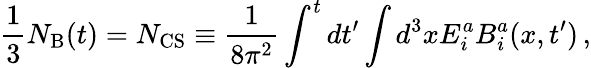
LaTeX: \frac{1}{3}N_{\mathrm{B}}(t)=N_{\mathrm{CS}}\equiv\frac{1}{8\pi^{2}}\int^{t}dt^{\prime}\int d^{3}xE_{i}^{a}B_{i}^{a}(x,t^{\prime})\, ,